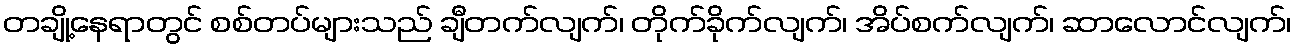
တချို့နေရာတွင် စစ်တပ်များသည် ချီတက်လျက်၊ တိုက်ခိုက်လျက်၊ အိပ်စက်လျက်၊ ဆာလောင်လျက်၊